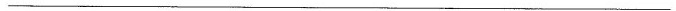
___